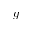
g